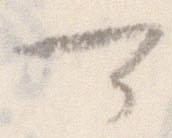
可